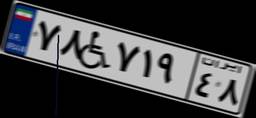
۷۸W۷۱۹۴۸